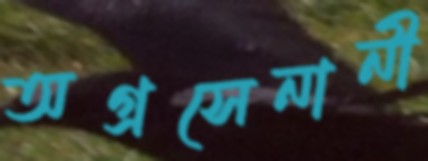
অগ্রসেনানী